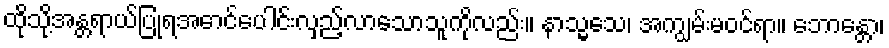
ထိုသို့အန္တရာယ်ပြုရအောင်ပေါင်းလှည့်လာသောသူကိုလည်း။ နာသ္မသေ၊ အကျွမ်းမဝင်ရာ။ ဘောန္တော၊